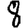
Digit: 8